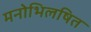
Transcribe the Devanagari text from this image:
मनोभिलषित